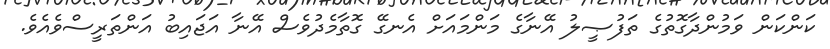
ކަންކަން ވަމުންދާގޮތުގެ ތަފުޞީލު އޭނާގެ މަންމައަށް އެނގޭ ގޮތާމެދުވެސް އޭނާ އަޖައިބު އަންތަރީސްވެއެވެ.